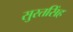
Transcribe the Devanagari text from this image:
सुरतसिंह